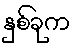
နှစ်ခုက